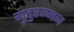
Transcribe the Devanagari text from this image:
मुतुरम्मन